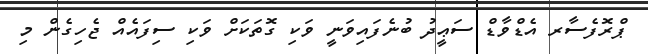
ޕްރޮފެސާރ އެޑްވާޑް ސަޢީދު ބުނެފައިވަނީ ވަކި ގޮތަކަށް ވަކި ސިފައެއް ޖެހިގެން މި